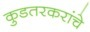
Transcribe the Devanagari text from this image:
कुडतरकरांचे